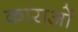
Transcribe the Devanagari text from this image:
काराओं